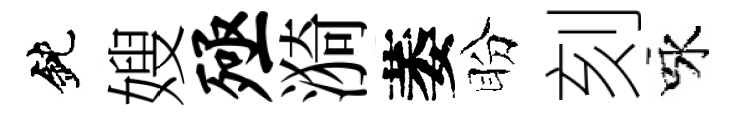
鈍嫂殛漪萎盼刻咏